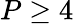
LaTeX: P\geq 4